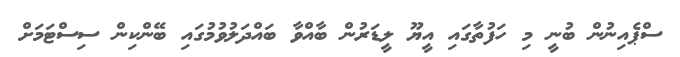
ސްޕެއިނުން ބުނީ މި ހަފުތާގައި އީޔޫ ލީޑަރުން ބާއްވާ ބައްދަލުވުމުގައި ބޭންކިން ސިސްޓަމަށް